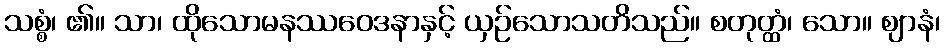
သစ္စံ၊ ၏။ သာ၊ ထိုသောမနဿဝေဒနာနှင့် ယှဉ်သောသတိသည်။ စတုတ္ထံ၊ သော။ ဈာနံ၊